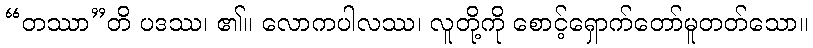
“တဿာ”တိ ပဒဿ၊ ၏။ လောကပါလဿ၊ လူတို့ကို စောင့်ရှောက်တော်မူတတ်သော။